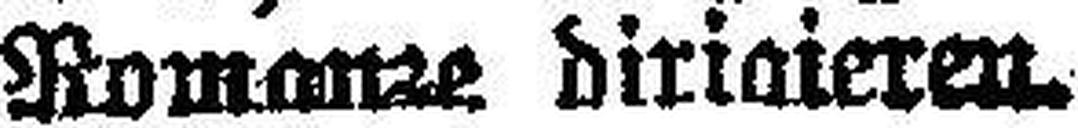
Nomonze diriaieren.